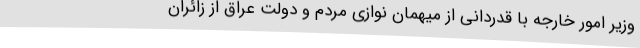
وزیر امور خارجه با قدردانی از میهمان نوازی مردم و دولت عراق از زائران